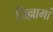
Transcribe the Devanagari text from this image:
जिल्लामां